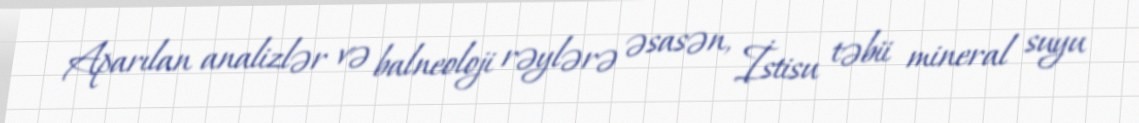
Aparılan analizlər və balneoloji rəylərə əsasən, İstisu təbii mineral suyu